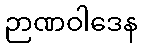
ဉာဏဝါဒေန